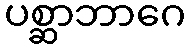
ပစ္ဆာဘာဂေ